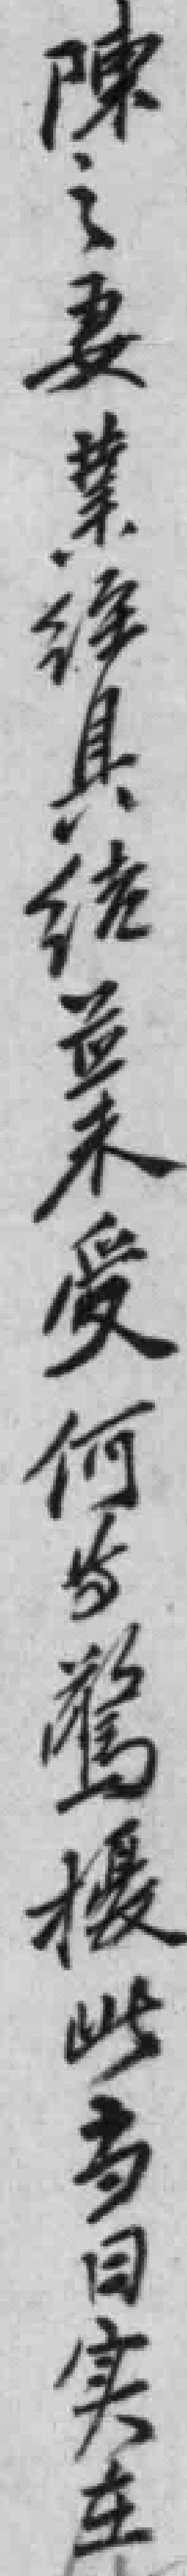
陳之妻業經具结並未受何*驚擾此當日实在